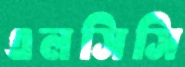
এলসিসি